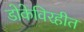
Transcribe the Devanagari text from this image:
डोकेविरहीत